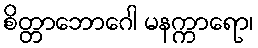
စိတ္တာဘောဂေါ မနက္ကာရော၊